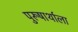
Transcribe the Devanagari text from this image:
पुरूषार्थाला